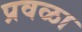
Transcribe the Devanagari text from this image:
प्रवळा